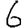
Digit: 6